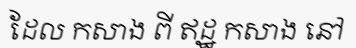
ដែល កសាង ពី ឥដ្ឋ កសាង នៅ